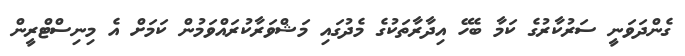
ގެންދަވަނީ ސަރުކާރުގެ ކަމާ ބެހޭ އިދާރާތަކުގެ މެދުގައި މަޝްވަރާކުރައްވަމުން ކަމަށް އެ މިނިސްޓްރީން